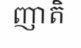
ញាតិ